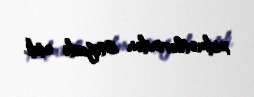
xidmətlərindən istifadə etdi.